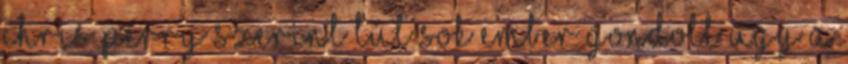
Chris Perry szerint túl sok ember gondolt úgy a